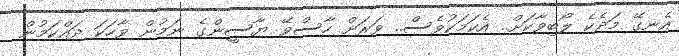
އެނގޭ މަދެކެ ލޯބިވާކަށް.. އެކަމަކުވެސް.. ވަރަށް ހާސްވޭ ޔާސީންގެ ނަމުން ވާހަކަ ދައްކަމުން